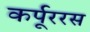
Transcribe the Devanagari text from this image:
कर्पूररस